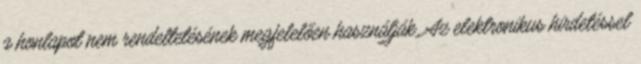
a honlapot nem rendeltetésének megfelelően használják. Az elektronikus hirdetéssel